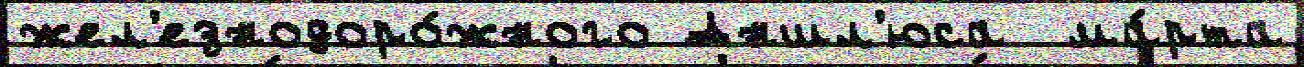
жел'езнодоро́жного Аншл'юса  ма́рта